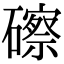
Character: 䃰